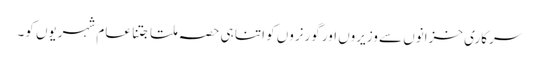
سرکاری خزانوں سے وزیروں اور گورنروں کو اتنا ہی حصہ ملتا جتنا عام شہریوں کو۔